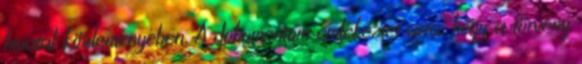
hivatal közleményében. A dokumentum emlékeztet arra, hogy a törvény